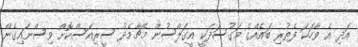
އަދި އެ ވާހަކަ ފެތުރި ބައެއްގެ މަގުސަދަކީ އީގަލްސުން މެޗާމެދު ސީރިއަސްކޮށް ވިސްނައިގެން